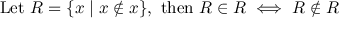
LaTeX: { \mathrm { L e t ~ } } R = \{ x \mid x \not \in x \} { \mathrm { , ~ t h e n ~ } } R \in R \iff R \not \in R